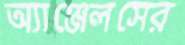
অ্যাঞ্জেলসের